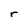
Character: r